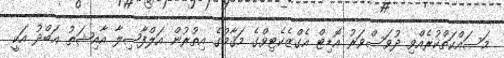
މަސައްކަތްކުރެއްވި ދުވަސްވަރު އޮޑިޓް އެގްޒެކެޓިވްގެ މަޤާމުގެ އިތުރުން އަލްފާޟިލާ އާއިޝަތު ޢަބްދު އަކީ